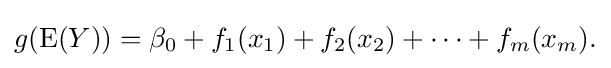
g(\operatorname {E} (Y))=\beta _{0}+f_{1}(x_{1})+f_{2}(x_{2})+\cdots +f_{m}(x_{m}).\,\!